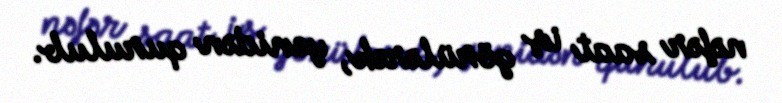
nəfər saat iş görülərək, yenidən qurulub.